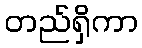
တည်ရှိကာ